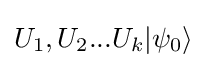
U_{1},U_{2}...U_{k}|\psi _{0}\rangle